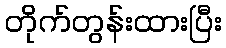
တိုက်တွန်းထားပြီး